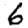
Digit: 6